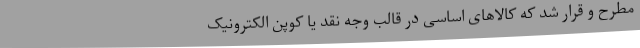
مطرح و قرار شد که کالاهای اساسی در قالب وجه نقد یا کوپن الکترونیک